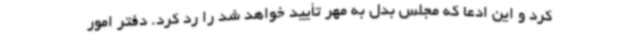
کرد و این ادعا که مجلس بدل به مهر تأیید خواهد شد را رد کرد. دفتر امور